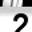
Digit: 2